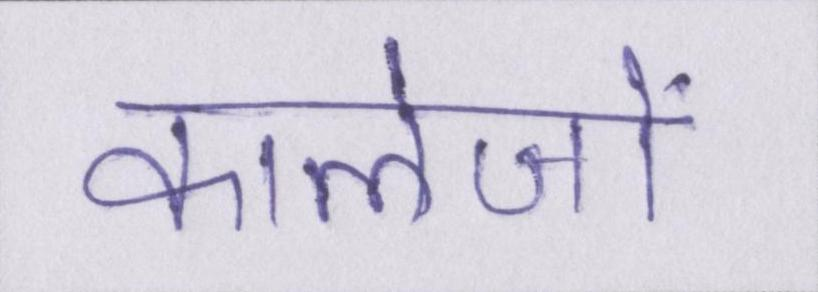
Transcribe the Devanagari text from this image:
कालेजों